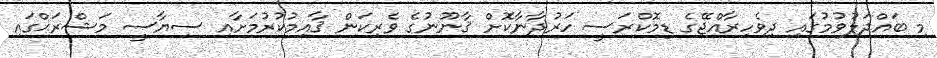
މި ބައްދަލުވުމުގައި ދިވެހިރާއްޖޭގެ ޑިމޮކްރަސީ ހަރުދާނާކޮށް ޤާނޫނުގެ ވެރިކަން ޤާއިމުކުރުމަށާއި ސިޔާސީ މަޝްރަޙްގައި